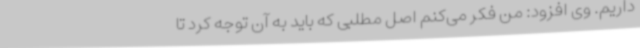
داریم. وی افزود: من فکر می‌کنم اصل مطلبی که باید به آن توجه کرد تا